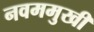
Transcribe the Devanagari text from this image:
नवममुखी